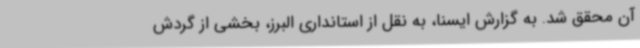
آن محقق شد. به گزارش ایسنا، به نقل از استانداری البرز، بخشی از گردش